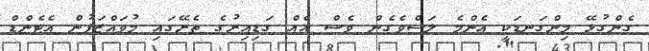
ގެންގުޅޭ މިންގަނޑަކީ އެންމެ ލަސްވެގެން ވެސް އެއް ގަޑިއިރުގެ ތެރޭގައި މުވައްޒަފުން އެޓެންޑް